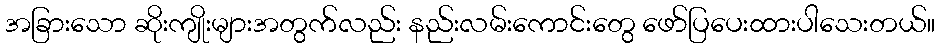
အခြားသော ဆိုးကျိုးများအတွက်လည်း နည်းလမ်းကောင်းတွေ ဖော်ပြပေးထားပါသေးတယ်။